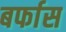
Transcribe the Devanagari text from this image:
बर्फास